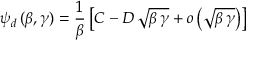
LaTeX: \psi _ { d } \, ( \beta , \gamma ) = \frac { 1 } { \beta } \left[ C - D \, \sqrt { \beta \, \gamma } + o \left( \sqrt { \beta \, \gamma } \right) \right]